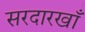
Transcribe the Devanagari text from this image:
सरदारखाँ